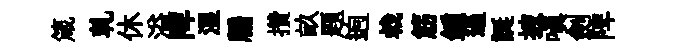
箴乹休溢陴湿牖攢畝题逈㦸筋鍾逼誕披嗔劍陴